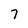
Character: 7